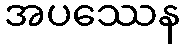
အပဿေန